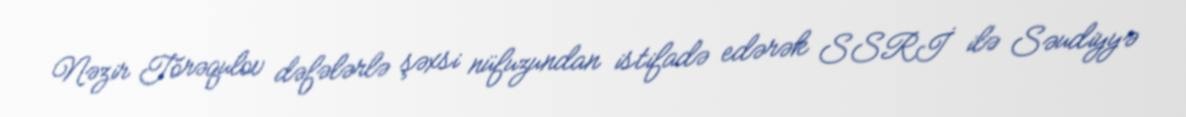
Nəzir Törəqulov dəfələrlə şəxsi nüfuzundan istifadə edərək SSRİ ilə Səudiyyə